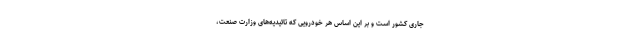
جاری کشور است و بر این اساس هر خودرویی که تائیدیه‌های وزارت صنعت،